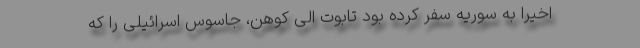
اخیراً به سوریه سفر کرده بود تابوت الی کوهن، جاسوس اسرائیلی را که